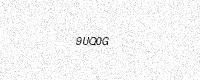
Text: 9UQ0G